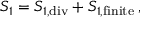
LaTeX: S _ { 1 } = S _ { 1 , \mathrm { d i v } } + S _ { 1 , \mathrm { f i n i t e } } \, ,